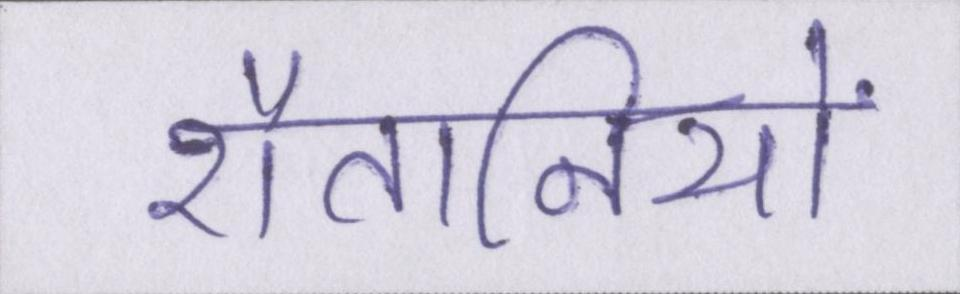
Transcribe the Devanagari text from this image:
शैतानियों